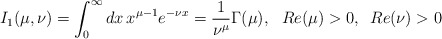
\begin{align*}I_{1}(\mu,\nu)=\int_{0}^{\infty}dx \,x^{\mu-1}e^{-\nu x}=\frac1{\nu^{\mu}}\Gamma(\mu),\,\,\,\,Re(\mu)>0,\,\,\,Re(\nu)>0\end{align*}